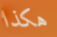
هكذا